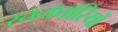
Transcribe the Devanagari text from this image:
स्तनघारियों